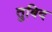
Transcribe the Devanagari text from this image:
तुबिद